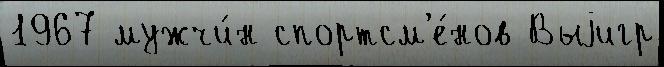
1967 мужчи́н спортсм'е́нов Выjигр